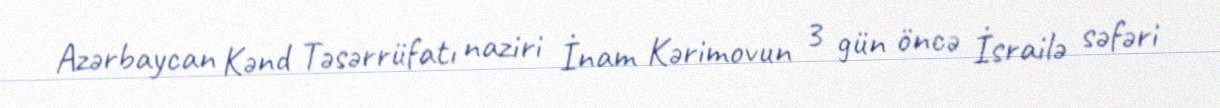
Azərbaycan Kənd Təsərrüfatı naziri İnam Kərimovun 3 gün öncə İsrailə səfəri